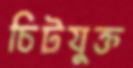
চিটযুক্ত